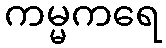
ကမ္မကရေ